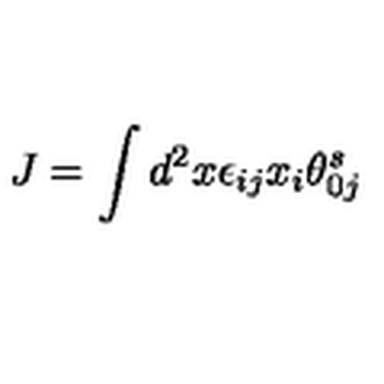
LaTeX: J = \int d ^ { 2 } x \epsilon _ { i j } x _ { i } \theta _ { 0 j } ^ { s }